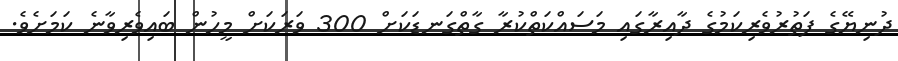
ދުނިޔޭގެ ފަތުރުވެރިކަމުގެ ދާއިރާގައި މަސައްކަތްކުރާ ގާތްގަނޑަކަށް 300 ވަރަކަށް މީހުން ބައިވެރިވާނެ ކަމަށެވެ.